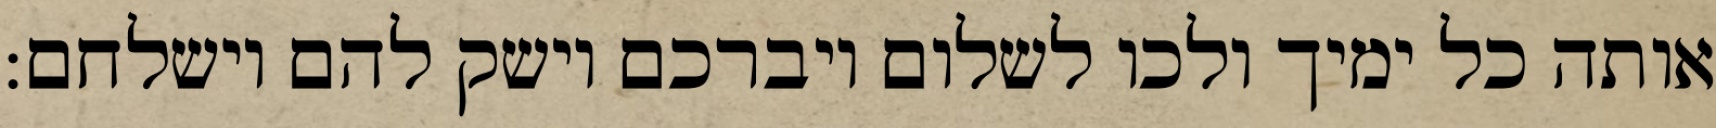
אותה כל ימיך ולכו לשלום ויברכם וישק להם וישלחם: